Civil Veterinary Dept. North-West Frontier Province 1901-22 - 1901-1922
Year: 1901
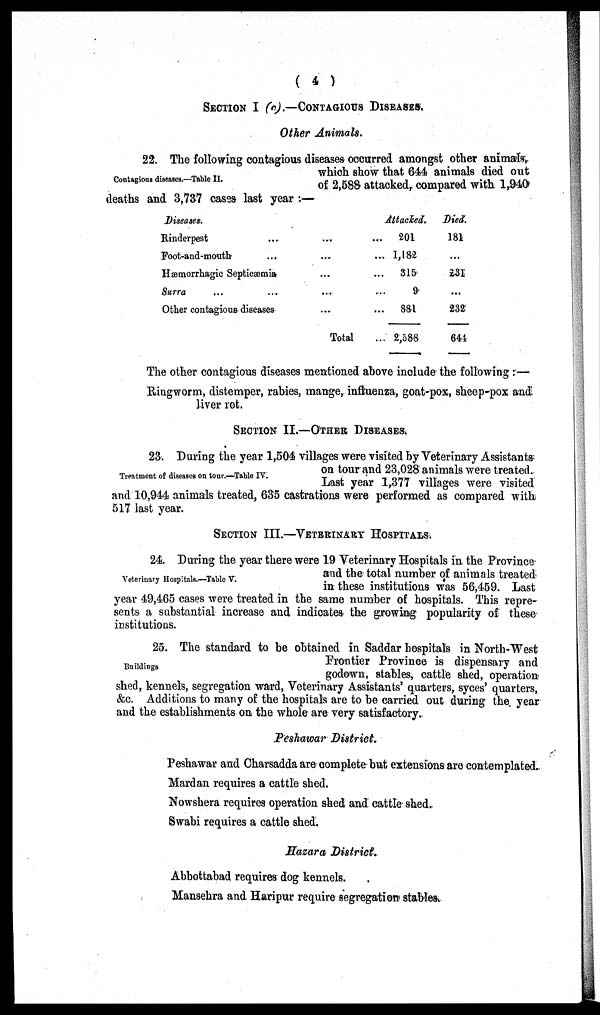
( 4 )
SECTION I (c).—CONTAGIOUS DISEASES.
Other Animals.
Contagious diseases.—Table II.
22. The following contagious diseases occurred amongst other animals,
which show that 644 animals died out
of 2,588 attacked, compared with 1,940
deaths and 3,737 cases last year:—
Diseases.
Rinderpest ...
Foot-and-mouth
Hæmorrhagic Septicæmia
Surra ... ...
Other contagious diseases
...
...
...
...
...
Total
Attacked.
... 201
... 1,182
... 315
... 9
... 881
... 2,588
Died.
181
...
231
...
232
641
The other contagious diseases mentioned above include the following:—
Ringworm, distemper, rabies, mange, influenza, goat-pox, sheep-pox and
liver rot.
SECTION II.—OTHER DISEASES.
Treatment of diseases on tour.—Table IV.
23. During the year 1,504 villages were visited by Veterinary Assistants
on tour and 23,028 animals were treated.
Last year 1,377 villages were visited
and 10,944 animals treated, 635 castrations were performed as compared with
517 last year.
SECTION III.—VETERINARY HOSPITALS.
Veterinary Hospitals.—Table V.
24. During the year there were 19 Veterinary Hospitals in the Province
and the total number of animals treated
in these institutions was 56,459. Last
year 49,465 cases were treated in the same number of hospitals. This repre-
sents a substantial increase and indicates the growing popularity of these
institutions.
Buildings
25. The standard to be obtained in Saddar hospitals in North-West
Frontier Province is dispensary and
godown, stables, cattle shed, operation
shed, kennels, segregation ward, Veterinary Assistants' quarters, syces' quarters,
&c. Additions to many of the hospitals are to be carried out during the, year
and the establishments on the whole are very satisfactory.
Peshawar District.
Peshawar and Charsadda are complete but extensions are contemplated.
Mardan requires a cattle shed.
Nowshera requires operation shed and cattle shed.
Swabi requires a cattle shed.
Hazara District.
Abbottabad requires dog kennels.
Mansehra and Haripur require segregation stables.